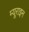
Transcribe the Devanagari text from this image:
म्यूराइन